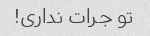
تو جرات نداری!